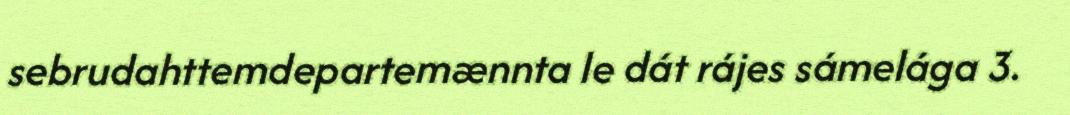
sebrudahttemdepartemænnta le dát rájes sámelága 3.